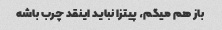
باز هم میگم، پیتزا نباید اینقد چرب باشه